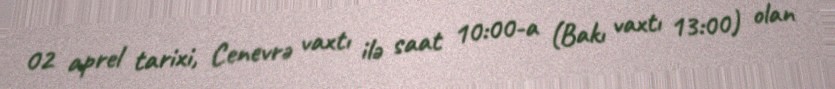
02 aprel tarixi, Cenevrə vaxtı ilə saat 10:00-a (Bakı vaxtı 13:00) olan